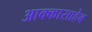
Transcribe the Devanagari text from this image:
आक्कासाहेब